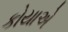
કોયાએ